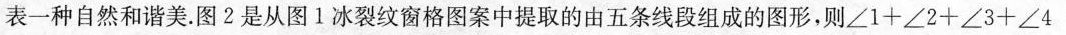
表一种自然和谐美.图2是从图1冰裂纹窗格图案中提取的由五条线段组成的图形，则$$∠ 1 + ∠ 2 + ∠ 3 + ∠ 4